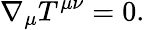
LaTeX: \nabla_{\mu}T^{\mu\nu}=0.